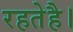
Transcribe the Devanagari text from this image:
रहतेहै।